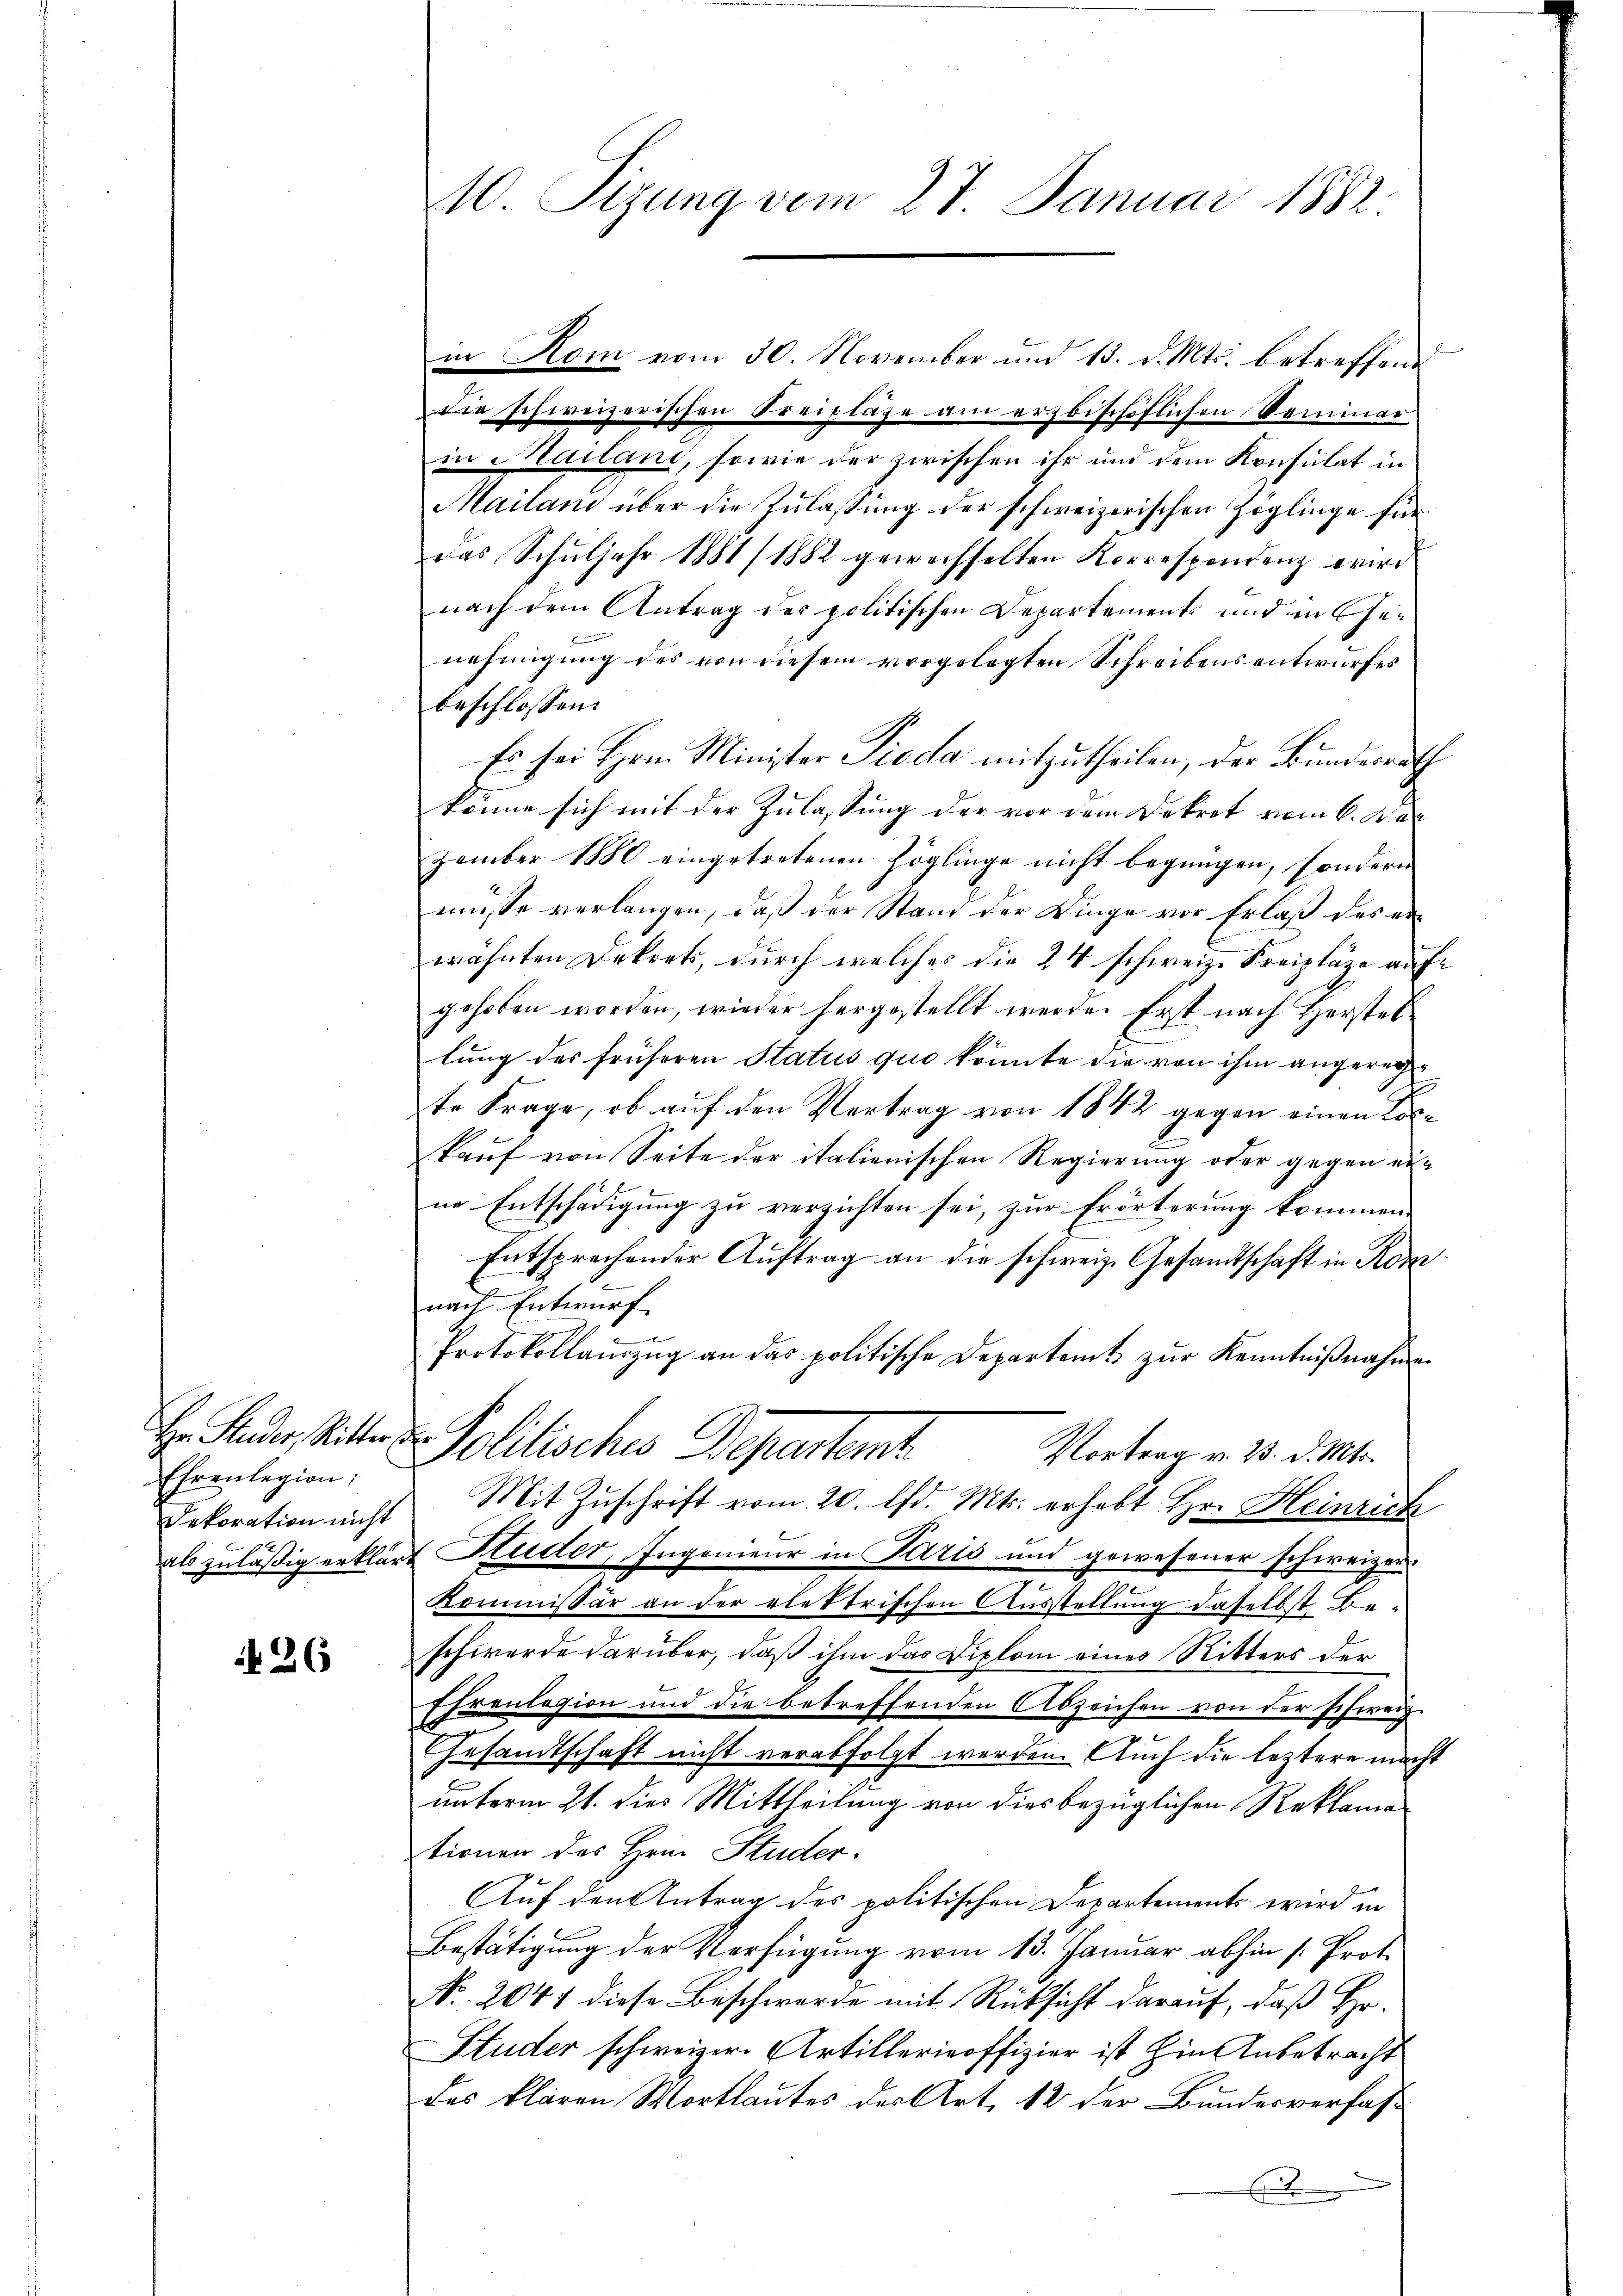
Hr. Ruder, Ritter
Ehrenlegion:
Dekoration nicht
als zuläßig erklär.

26

10. Sizung vom 27. Januar 1882

n
in Rom vom 30. November und 13. d. Mts. betreffend
die schweizerischen Kreipläge am erzbischöflichen Seminar
in Mailand, sowie der zwischen ihr und dem Konsulat in
Mailand über die Zulassung der schweizerischen Zöglinge für
das Schuljahr 1881/ 1882 gewechselten Korrespondenz wird
nach dem Antrag der politischen Departements und in Genehmigung des von diesem vorgelegten Schreibens entwurfes
beschlossen:
Es sei Hrn. Minister Pieda mitzutheilen, der Bundesrath
könne sich mit der Zulassung der vor dem Dekret vom 6. Der
zember 1880 eingetretenen Zöglinge nicht begnügen, sondern
müsse verlangen, daß der Stand der Dinge vor Erlaß des erwähnten Dekret, durch welches die 24 schweiz. Kreipläge aufgehoben worden, wieder hergestellt werde. Erst nach Herstellung des früheren Status quo könnte die von ihm angerechte Frage, ob auf den Vertrag von 1842 gegen einen Loskauf von Seite der italienischen Regierung oder gegen eine Entschädigung zu verzichten sei, zur Erörterung kommen
Entsprechender Auftrag an die schweiz. Gesandtschaft in Komnach Entwurf.
Protokollauszug an das politische Departamts zŭr Kenntnißnahmen
Politische Departent
Vortrag v. 23. d. Mts.
Mit Zuschrift vom 20. Chr. Mts. erhebt Hr. Heinrich
Kuder, Ingenieur in Paris und gewesener schweizer¬
Kommissär an der elektrischen Ausstellung daselbst Be-
schwerde darüber, daß ihm das Diplom eines Ritters der
Ehrenlegion und die betreffenden Abzeichen von der schweiz.
GGesandtschaft nicht verabfolgt werden. Auch die letztere macht
unterm 21. dies Mittheilung von dies bezüglichen Reklamationen des Hrn. Studer.
Auf den Antrag des politischen Departements wird in
Bestätigung der Verfügung vom 13. Januar abhin /: Prot.
No. 2041 diese Beschwerde mit Rücksicht darauf, daß Hr.
Studer schweizer Artillerieoffizier ist hin Anbetracht
des klaren Mortlautes der Art. 12 der Bundesverfas¬
E